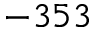
- 3 5 3